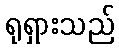
ရုရှားသည်